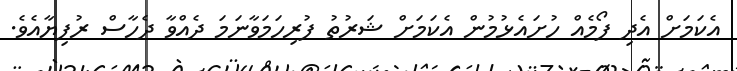
އެކަމަށް އެދި ފޯމެއް ހުށައެޅުމުން އެކަމަށް ޝަރުތު ފުރިހަމަވާނަމަ ދެއްވާ ދެހާސް ރުފިޔާއެވެ.